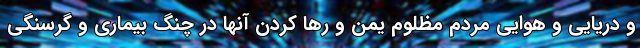
و دریایی و هوایی مردم مظلوم یمن و رها کردن آنها در چنگ بیماری و گرسنگی